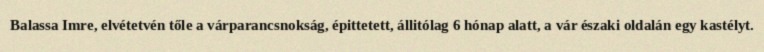
Balassa Imre, elvétetvén tőle a várparancsnokság, épittetett, állitólag 6 hónap alatt, a vár északi oldalán egy kastélyt.